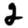
Digit: 2